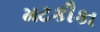
મટકીકા